King Institute of Preventive Medicine Micro-Biological Section reports 1909-11
Year: 1909
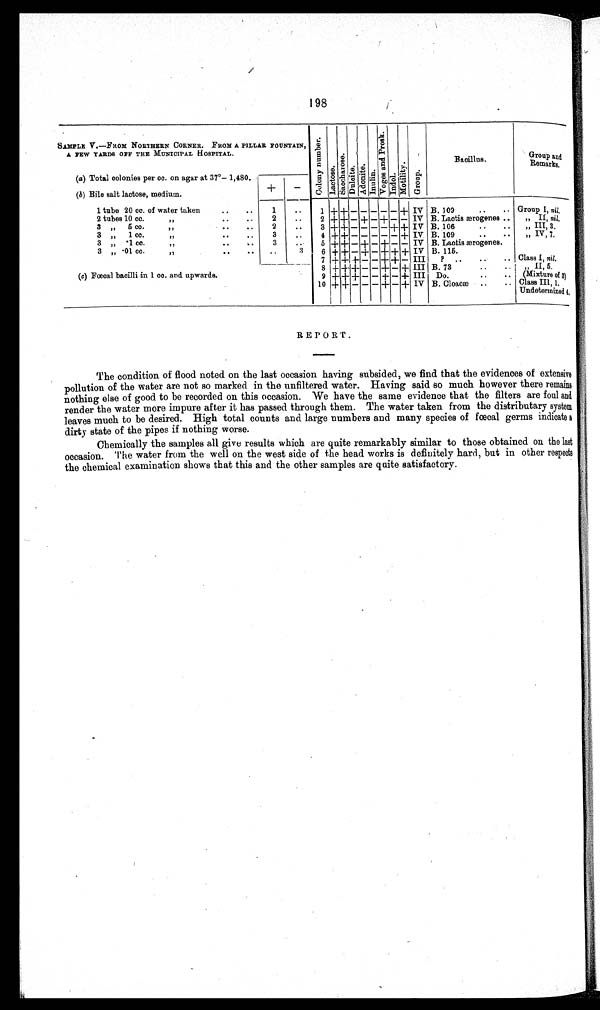
198
SAMPLE V.—FROM NORTHERN CORNER. FROM A PILLAR FOUNTAIN,
A FEW YARDS OFF THE MUNICIPAL HOSPITAL.
Co l o n y n u mb e r .
L a c t o s e .
S a c c h a r o s e .
Dulcite.
A d o n i t e .
I n u l i n .
Vo g e s a n d P r o s k .
Indol.
Mo t i l i t y .
Gr o u p .
Bacillus.
Group and
Remarks.
(a) Total colonies per cc. on agar at 37°— 1,480.
(b) Bile salt lactose, medium.
+
-
1 tube 20 cc. of water taken
..
..
1
. .
1
+ + -
- - - -
+ IV B. 109
..
.. Group I, nil.
2 tubes 10 cc. ,, . . . .
2
..
2 + + -
+ - + - - IV B. Lactis ærogenes ..
,, II, nil.
3 ,, 5 cc. ,, . . . .
2
..
3 + + -
- - - + + I V B. 106
..
..
„ III, 3.
3 ,, 1cc. ,, .. ..
3
. .
4 + + -
- - - - +
I V B. 109
..
..
,, IV, 7.
3 ,, .1cc ,, .. ..
3
. .
5 + + -
+ - + - - IV B. Lactis ærogenes.
3 ,, .01 cc. ,, .. ..
..
3
6 + + -
+ - + + + IV B. 115.
7 + + + - - + + - III
?
..
..
.. Class I, nil.
8 + + + - - + - +
I I I B. 73 . . . .
, , I I .5
•
(c) Fœcal bacilli in 1 cc. and upwards.
9 + + + - - + - + III Do.
..
.. (Mixture of 3)
10 + + -
- - + - +
I V B. Cloacæ ..
.. Class III, 1.
Undetermined 4.
REPORT.
The condition of flood noted on the last occasion having subsided, we find that the evidences of extensive
pollution of the water are not so marked in the unfiltered water. Having said so much however there remains
nothing else of good to be recorded on this occasion. We have the same evidence that the filters are foul and
render the water more impure after it has passed through them. The water taken from the distributary system
leaves much to be desired. High total counts and large numbers and many species of fœcal germs indicate a
dirty state of the pipes if nothing worse.
Chemically the samples all give results which are quite remarkably similar to those obtained on the last
occasion. The water from the well on the west side of the head works is definitely hard, but in other respects
the chemical examination shows that this and the other samples are quite satisfactory.